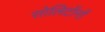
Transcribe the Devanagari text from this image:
सोलिटोंनों